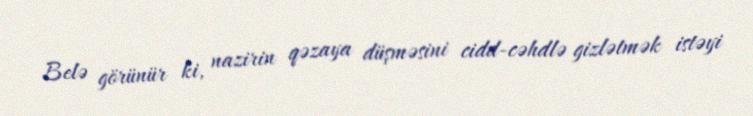
Belə görünür ki, nazirin qəzaya düşməsini cidd-cəhdlə gizlətmək istəyi